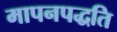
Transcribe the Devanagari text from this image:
मापनपद्धति